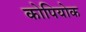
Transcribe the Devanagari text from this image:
कोपियोक